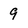
Character: 9